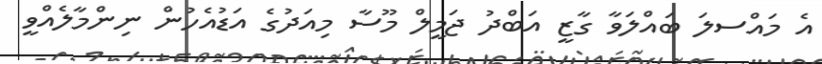
އެ މައްސލަ ބައްލަވާ ގާޒީ އަބްދު ޖަމީލް މޫސާ މިއަދުގެ އަޑުއެހުން ނިންމާލެއްވީ